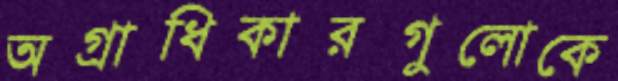
অগ্রাধিকারগুলোকে